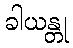
ခါယန္တု